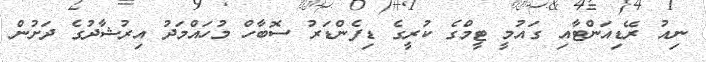
ނިއު ރޭޑިއަންޓާއި ގައުމީ ޓީމްގެ ކުރީގެ ޑިފެންޑަރު ސޮބާހް މުހައްމަދު އިރުޝާދުގެ ދަށުން